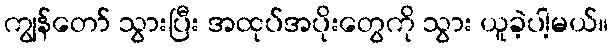
ကျွန်တော် သွားပြီး အထုပ်အပိုးတွေကို သွား ယူခဲ့ပါ့မယ်။